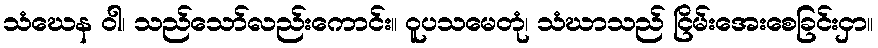
သံဃေန ဝါ၊ သည်သော်လည်းကောင်း။ ဝူပသမေတုံ၊ သံဃာသည် ငြိမ်းအေးစေခြင်းငှာ။